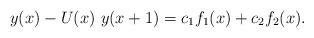
LaTeX: \begin{align*}y(x)-U(x)~y(x+1)=c_1f_1(x)+c_2f_2(x).\end{align*}